Inquiry into the circumstances attending an outbreak of cholera in H. M.'s 18th Hussars at Secunderabad in the month of May
Year: 1871
Disease focus: Cholera
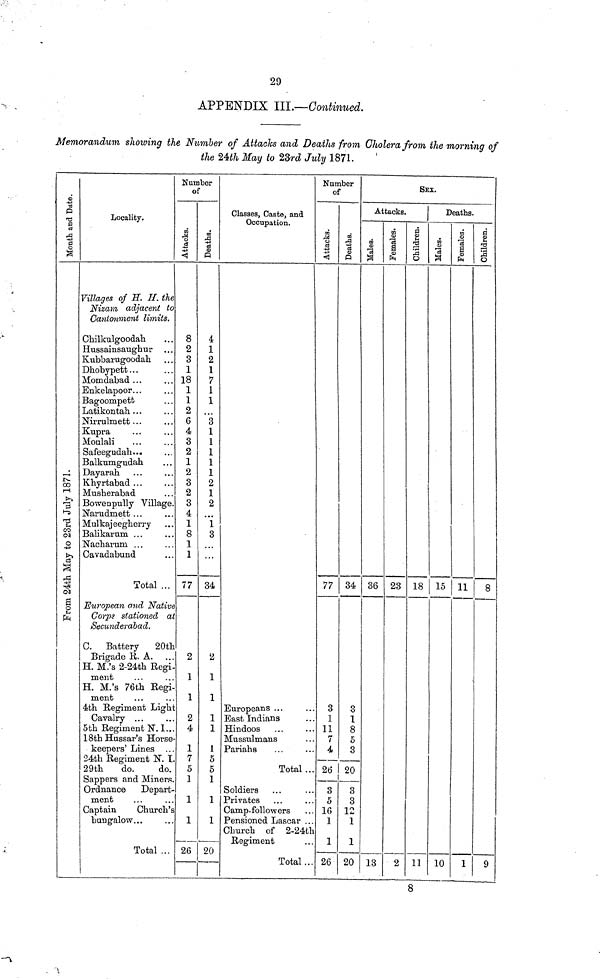
29
APPENDIX III.—Continued.
Memorandum showing the Number of Attacks and Deaths from Cholera from the morning of
the 24th May to 23rd July 1871.
Locality.
Villages of H. H. the
Nizam adjacent to
Cantonment limits.
Chilkulgoodah
Hussainsaughur
Kubbarugoodah
Dhobypett
Momdabad
Enkelapoor
Bagoompett
Latikontah
Nirrulmett
Kupra
Moulali
Safeegudah
Balkumgudah
Dayarah
Khyrtabad
Musherabad
Bowenpully Village
Narudmett
Mulkajeegherry
Balikarum
Nacharum
Cavadabund
Total
European and Native
Corps stationed a
Secunderdbad.
C. Battery
20th
Brigade R. A.
H. M.'s 2-24th Regi.
ment
H. M.'s 76th Regi.
ment
4th Regiment Ligh
Cavalry
5th Regiment N. I.
18th Hussar's Horse
keepers' Lines
24th Regiment N.L.
29th
do.
do.
Sappers and Miners.
Ordnance Depart.
ment
Captain
Church's
bungalow
Number
of
Attacks.
8
2
3
1
18
1
1
2
6
4
3
2
1
2
3
2
3
4
1
8
1
1
77
2
1
1
2
4
1
7
5
1
1
1
Deaths.
4
1
2
1
7
1
1
3
1
1
1
1
1
2
1
2
1
3
34
2
1
1
1
1
1
5
5
1
1
1
Glasses, Caste, and
Occupation.
Europeans
East Indians
Hindoos
Mussulmans
Pariahs
Total
Soldiers
Privates
Camp-followers
Pensioned Lascar
Church of 2-24th
Regiment
Total
Number
of
Attacks.
77
3
1
11
7
4
26
3
5
16
1
1
26
Deaths.
34
3
1
8
5
3
20
3
3
12
1
1
20
SEX.
Attacks.
36
13
Females.
23
2
Children.
18
11
Deaths.
15
10
Females.
11
1
Children.
8
9